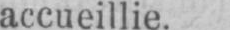
accueillie.